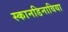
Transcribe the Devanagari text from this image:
स्कानडिनाविया